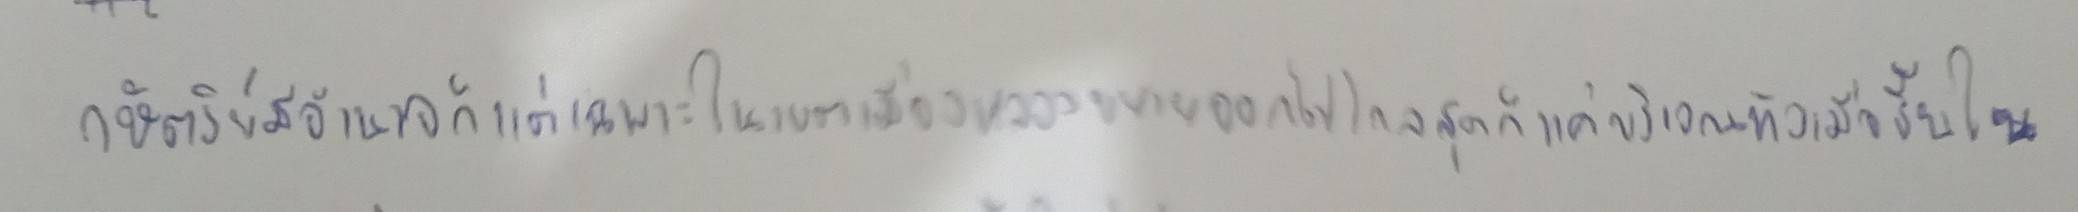
กษัตริย์มีอำนาจก็แต่เฉพาะในเขตเมืองหลวงขยายออกไปไกลสุดก็แค่บริเวณหัวเมืองชั้นใน